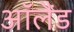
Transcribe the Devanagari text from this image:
ऑलैंड